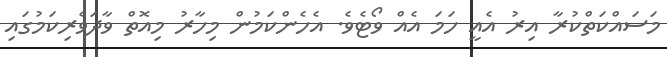
މަސައްކަތްކުރާ އިރު އެއީ ހަމަ އެއް ވޯޓެވެ. އެހެންކަމުން މިހާރު މިއޮތް ވާދަވެރިކަމުގައި